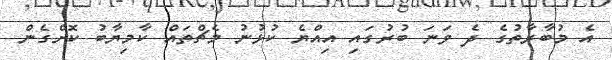
އެ މުބާރާތުގެ ދެ ވަނަ ބުރުގައި އިއްޔެ ކުޅުނު މެޗްތައް ކާމިޔާބު ކޮށްގެން